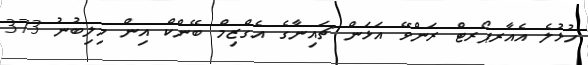
ހުޅުލެ އެއާރޕޯރޓް ރަންވޭ އަޅަން ޗައިނާގެ އެގްޒިމް ބޭންކް އިން މިލިބުނު 373